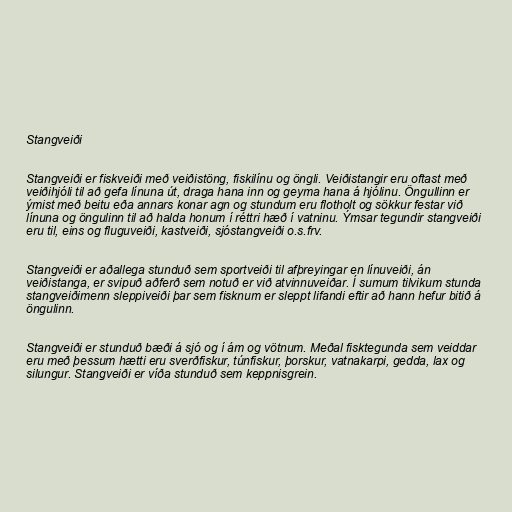
Stangveiði

Stangveiði er fiskveiði með veiðistöng, fiskilínu og öngli. Veiðistangir eru oftast með
veiðihjóli til að gefa línuna út, draga hana inn og geyma hana á hjólinu. Öngullinn er
ýmist með beitu eða annars konar agn og stundum eru flotholt og sökkur festar við
línuna og öngulinn til að halda honum í réttri hæð í vatninu. Ýmsar tegundir stangveiði
eru til, eins og fluguveiði, kastveiði, sjóstangveiði o.s.frv.

Stangveiði er aðallega stunduð sem sportveiði til afþreyingar en línuveiði, án
veiðistanga, er svipuð aðferð sem notuð er við atvinnuveiðar. Í sumum tilvikum stunda
stangveiðimenn sleppiveiði þar sem fisknum er sleppt lifandi eftir að hann hefur bitið á
öngulinn.

Stangveiði er stunduð bæði á sjó og í ám og vötnum. Meðal fisktegunda sem veiddar
eru með þessum hætti eru sverðfiskur, túnfiskur, þorskur, vatnakarpi, gedda, lax og
silungur. Stangveiði er víða stunduð sem keppnisgrein.